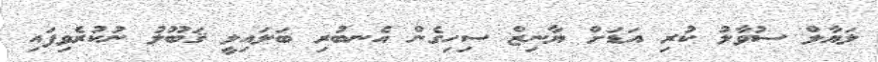
ލަޔާލް ސުވާލު ކުރި އަޑަށް ޔާނިޒް ސިހިގެން އެނބުރި ބަލައިލީ ޤަބޫލު ނުކުރެވިފައި